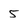
Character: 5